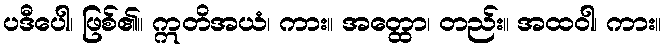
ပဒီပေါ၊ ဖြစ်၏။ ဣတိအယံ၊ ကား။ အတ္ထော၊ တည်း။ အထဝါ၊ ကား။